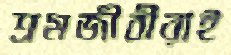
শ্রমজীবীরাই